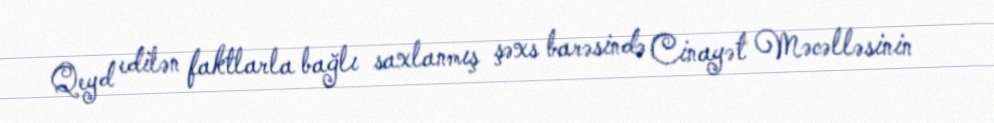
Qeyd edilən faktlarla bağlı saxlanmış şəxs barəsində Cinayət Məcəlləsinin